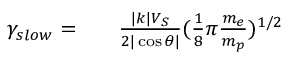
\begin{array} { r l r } { \gamma _ { s l o w } = } & { { } } & { \frac { | k | V _ { S } } { 2 | \cos \theta | } ( \frac { 1 } { 8 } \pi \frac { m _ { e } } { m _ { p } } ) ^ { 1 / 2 } } \end{array}